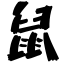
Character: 鼠